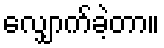
လျှောက်ခဲ့တာ။